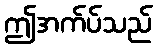
ဤအက်ပ်သည်